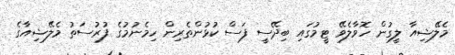
މެލޭޝިއާ ލީގުން ހޮވާލެވޭ ޓީމުގައި ބިދޭސީ ފަސް ކުޅުންތެރިން ހިމެނުމުގެ ފުރުސަތު މެލޭޝިއާގެ